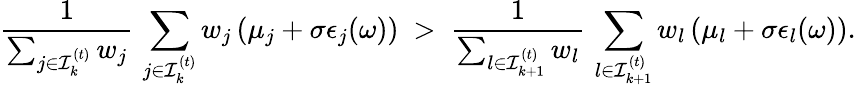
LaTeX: \frac{1}{\sum_{j\in{\cal I}_{k}^{(t)}}w_{j}}\, \sum_{j\in{\cal I}_{k}^{(t)}}w_{j}\left(\mu_{j}+\sigma\epsilon_{j}(\omega)\right)~>~\frac{1}{\sum_{l\in{\cal I}_{k+1}^{(t)}}w_{l}}\, \sum_{l\in{\cal I}_{k+1}^{(t)}}w_{l}\left(\mu_{l}+\sigma\epsilon_{l}(\omega)\right).